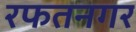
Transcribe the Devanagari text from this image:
रफतनगर